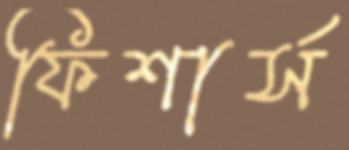
ফিশার্স